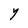
Character: Y